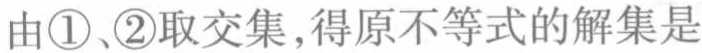
由\textcircled{1}、\textcircled{2}取交集,得原不等式的解集是